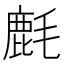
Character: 𱥥